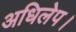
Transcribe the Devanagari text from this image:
अधिलेप।